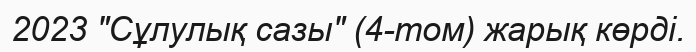
2023 "Сұлулық сазы" (4-том) жарық көрді.